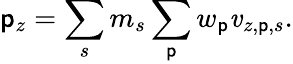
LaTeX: \mathsf{p}_{z}=\sum_{s}m_{s}\sum_{\mathsf{p}}w_{\mathsf{p}}\mathit{v}_{z,\mathsf{p},s}.